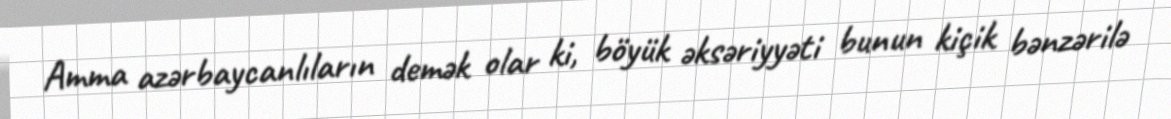
Amma azərbaycanlıların demək olar ki, böyük əksəriyyəti bunun kiçik bənzərilə